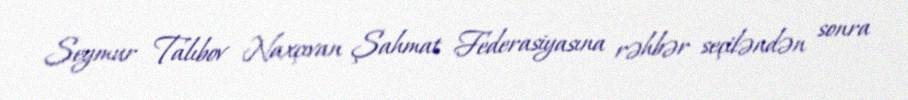
Seymur Talıbov Naxçıvan Şahmat Federasiyasına rəhbər seçiləndən sonra